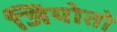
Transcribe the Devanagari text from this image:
जियोतो